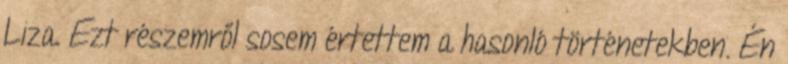
Liza. Ezt részemről sosem értettem a hasonló történetekben. Én